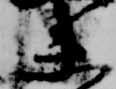
未